Plague in India, 1896, 1897 - Volume 3
Year: 1896
Disease focus: Plague
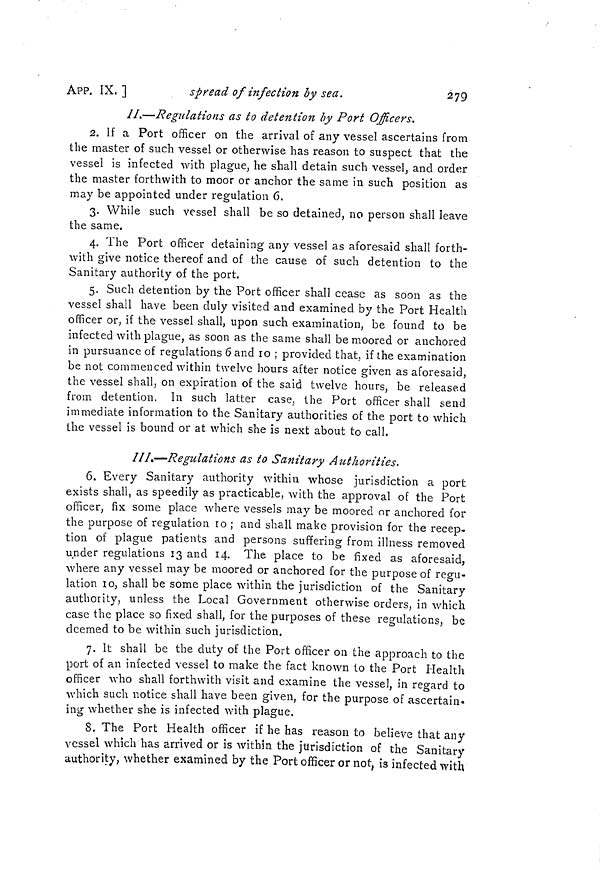
APP. IX.]
spread of infection by sea.
279
II.—Regulations as to detention by Port Officers.
2. If a Port officer on the arrival of any vessel ascertains from
the master of such vessel or otherwise has reason to suspect that the
vessel is infected with plague, he shall detain such vessel, and order
the master forthwith to moor or anchor the same in such position as
may be appointed under regulation 6.
3. While such vessel shall be so detained, no person shall leave
the same.
4. The Port officer detaining any vessel as aforesaid shall forth-
with give notice thereof and of the cause of such detention to the
Sanitary authority of the port.
5. Such detention by the Port officer shall cease as soon as the
vessel shall have been duly visited and examined by the Port Health
officer or, if the vessel shall, upon such examination, be found to be
infected with plague, as soon as the same shall be moored or anchored
in pursuance of regulations 6 and 10 ; provided that, if the examination
be not commenced within twelve hours after notice given as aforesaid,
the vessel shall, on expiration of the said twelve hours, be released
from detention. In such latter case, the Port officer shall send
immediate information to the Sanitary authorities of the port to which
the vessel is bound or at which she is next about to call.
III.—Regulations as to Sanitary Authorities.
6. Every Sanitary authority within whose jurisdiction a port
exists shall, as speedily as practicable, with the approval of the Port
officer, fix some place where vessels may be moored or anchored for
the purpose of regulation ro ; and shall make provision for the recep-
tion of plague patients and persons suffering from illness removed
under regulations 13 and 14. The place to be fixed as aforesaid,
where any vessel may be moored or anchored for the purpose of regu-
lation lo, shall be some place within the jurisdiction of the Sanitary
authority, unless the Local Government otherwise orders, in which
case the place so fixed shall, for the purposes of these regulations, be
deemed to be within such jurisdiction.
7. It shall be the duty of the Port officer on the approach to the
port of an infected vessel to make the fact known to the Port Health
officer who shall forthwith visit and examine the vessel, in regard to
which such notice shall have been given, for the purpose of ascertain-
ing whether she is infected with plague.
8. The Port Health officer if he has reason to believe that any
vessel which has arrived or is within the jurisdiction of the Sanitary
authority, whether examined by the Port officer or not, is infected with